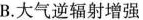
B.大气逆辐射增强